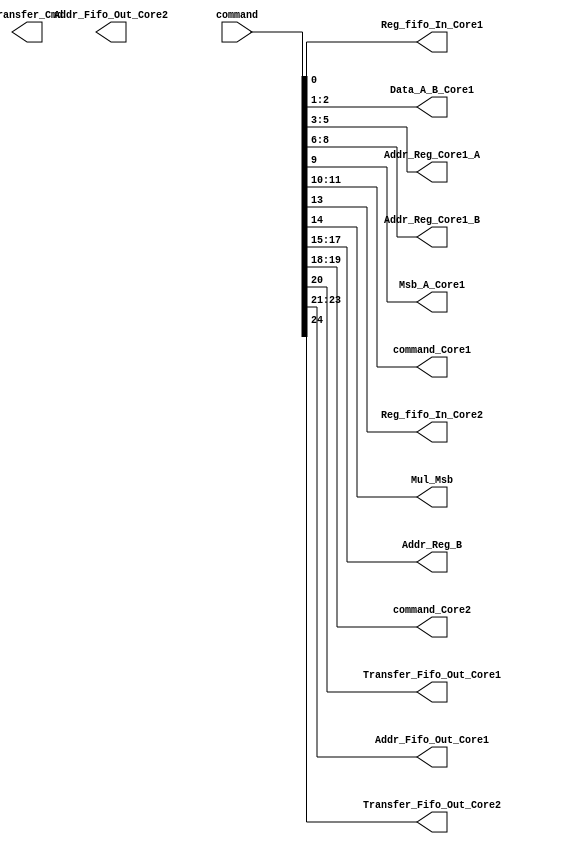
`timescale 1ns / 1ps
//////////////////////////////////////////////////////////////////////////////////
// Company: 
// Engineer: 
// 
// Design Name: 
// Module Name:    Transfer_Module 
// Project Name: 
// Target Devices: 
// Tool versions: 
// Description: 
//
// Dependencies: 
//
// Revision: 
// Revision 0.01 - File Created
// Additional Comments: 
//
/////////////////////////////////////////////////////////////

//// It process the opcode to be processed for Transfering

//******************OPcode Decode*******************************

	module Transfer_Data_Module#(
	parameter Data=32)(
		input wire [Data-1:0] command,
		output wire      Reg_fifo_In_Core1,
		
		
		output wire [1:0] Data_A_B_Core1,
		output wire [2:0] Addr_Reg_Core1_A,
		output wire [2:0] Addr_Reg_Core1_B,
		output wire       Msb_A_Core1,
		output  wire  [1:0]    command_Core1,
		
		output wire      Reg_fifo_In_Core2,
		output wire        Mul_Msb,
		output  wire [2:0] Addr_Reg_B,
		output  wire [1:0]      command_Core2,
		
		output wire       Transfer_Cmd,
		
		output wire       Transfer_Fifo_Out_Core1,
	   output wire [2:0] Addr_Fifo_Out_Core1,
		
		output wire       Transfer_Fifo_Out_Core2,
	   output wire [2:0] Addr_Fifo_Out_Core2
		
		 );
		 
		 
		 assign Reg_fifo_In_Core1    = command[0];
		 assign Data_A_B_Core1       = command[2:1];
		 assign Addr_Reg_Core1_A     = command[5:3];
		 
		 assign Addr_Reg_Core1_B     = command[8:6];
		 assign Msb_A_Core1          = command[9];
		 assign command_Core1        = command[12:10];
		 
		 assign Reg_fifo_In_Core2    = command[13];
		 assign Mul_Msb              = command[14];
		 assign Addr_Reg_B           = command[17:15];
		 assign command_Core2        = command[19:18];
		 assign Transfer_Fifo_Out_Core1 =command[20];
		 assign Addr_Fifo_Out_Core1     = command[23:21];
		 assign Transfer_Fifo_Out_Core2 =command[24];
		 assign Addr_Fifo_Out_Core1     = command[27:25];
		 
		 


	endmodule